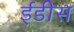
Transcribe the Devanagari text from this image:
ईडीस